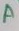
Text: A